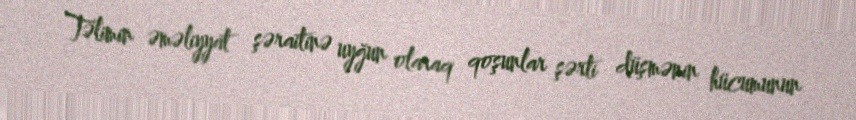
Təlimin əməliyyat şəraitinə uyğun olaraq qoşunlar şərti düşmənin hücumunun